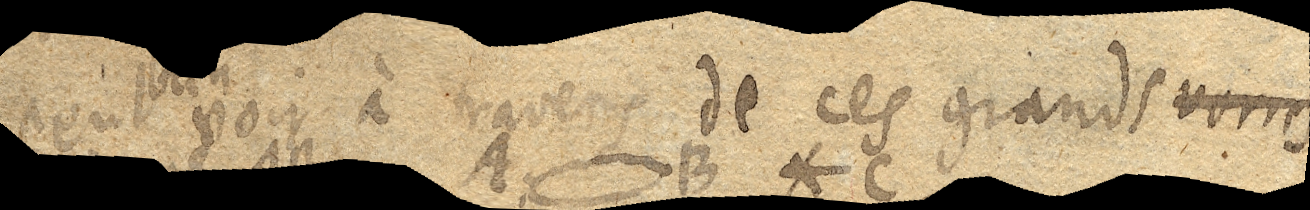
peut voir à travers de ces grands verres